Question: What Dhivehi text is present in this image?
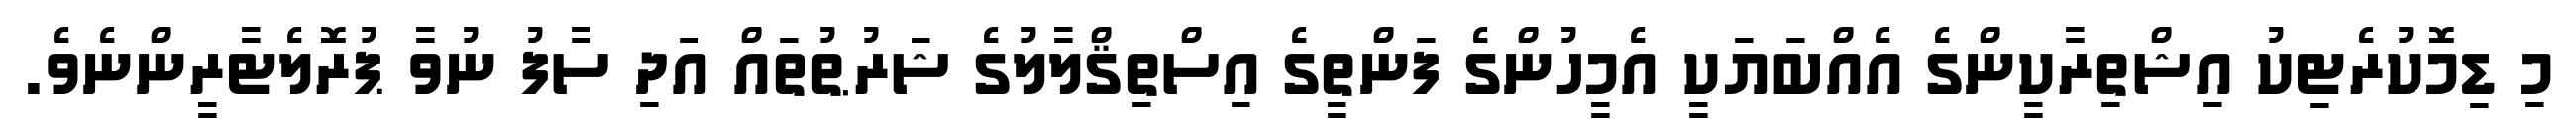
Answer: މި ޑިމޮކުރެޓިކު އިޝްތިރާކީންގެ އެއްބަޔަކީ އެމީހުންގެ ފަންތީގެ އިސްތިޤްލާލުގެ ޝަރުޠުތައް އަދި ސާފު ނުވާ ޕުރޮލެޓާރީންނެވެ.